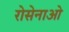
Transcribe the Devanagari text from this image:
रोसेनाओ